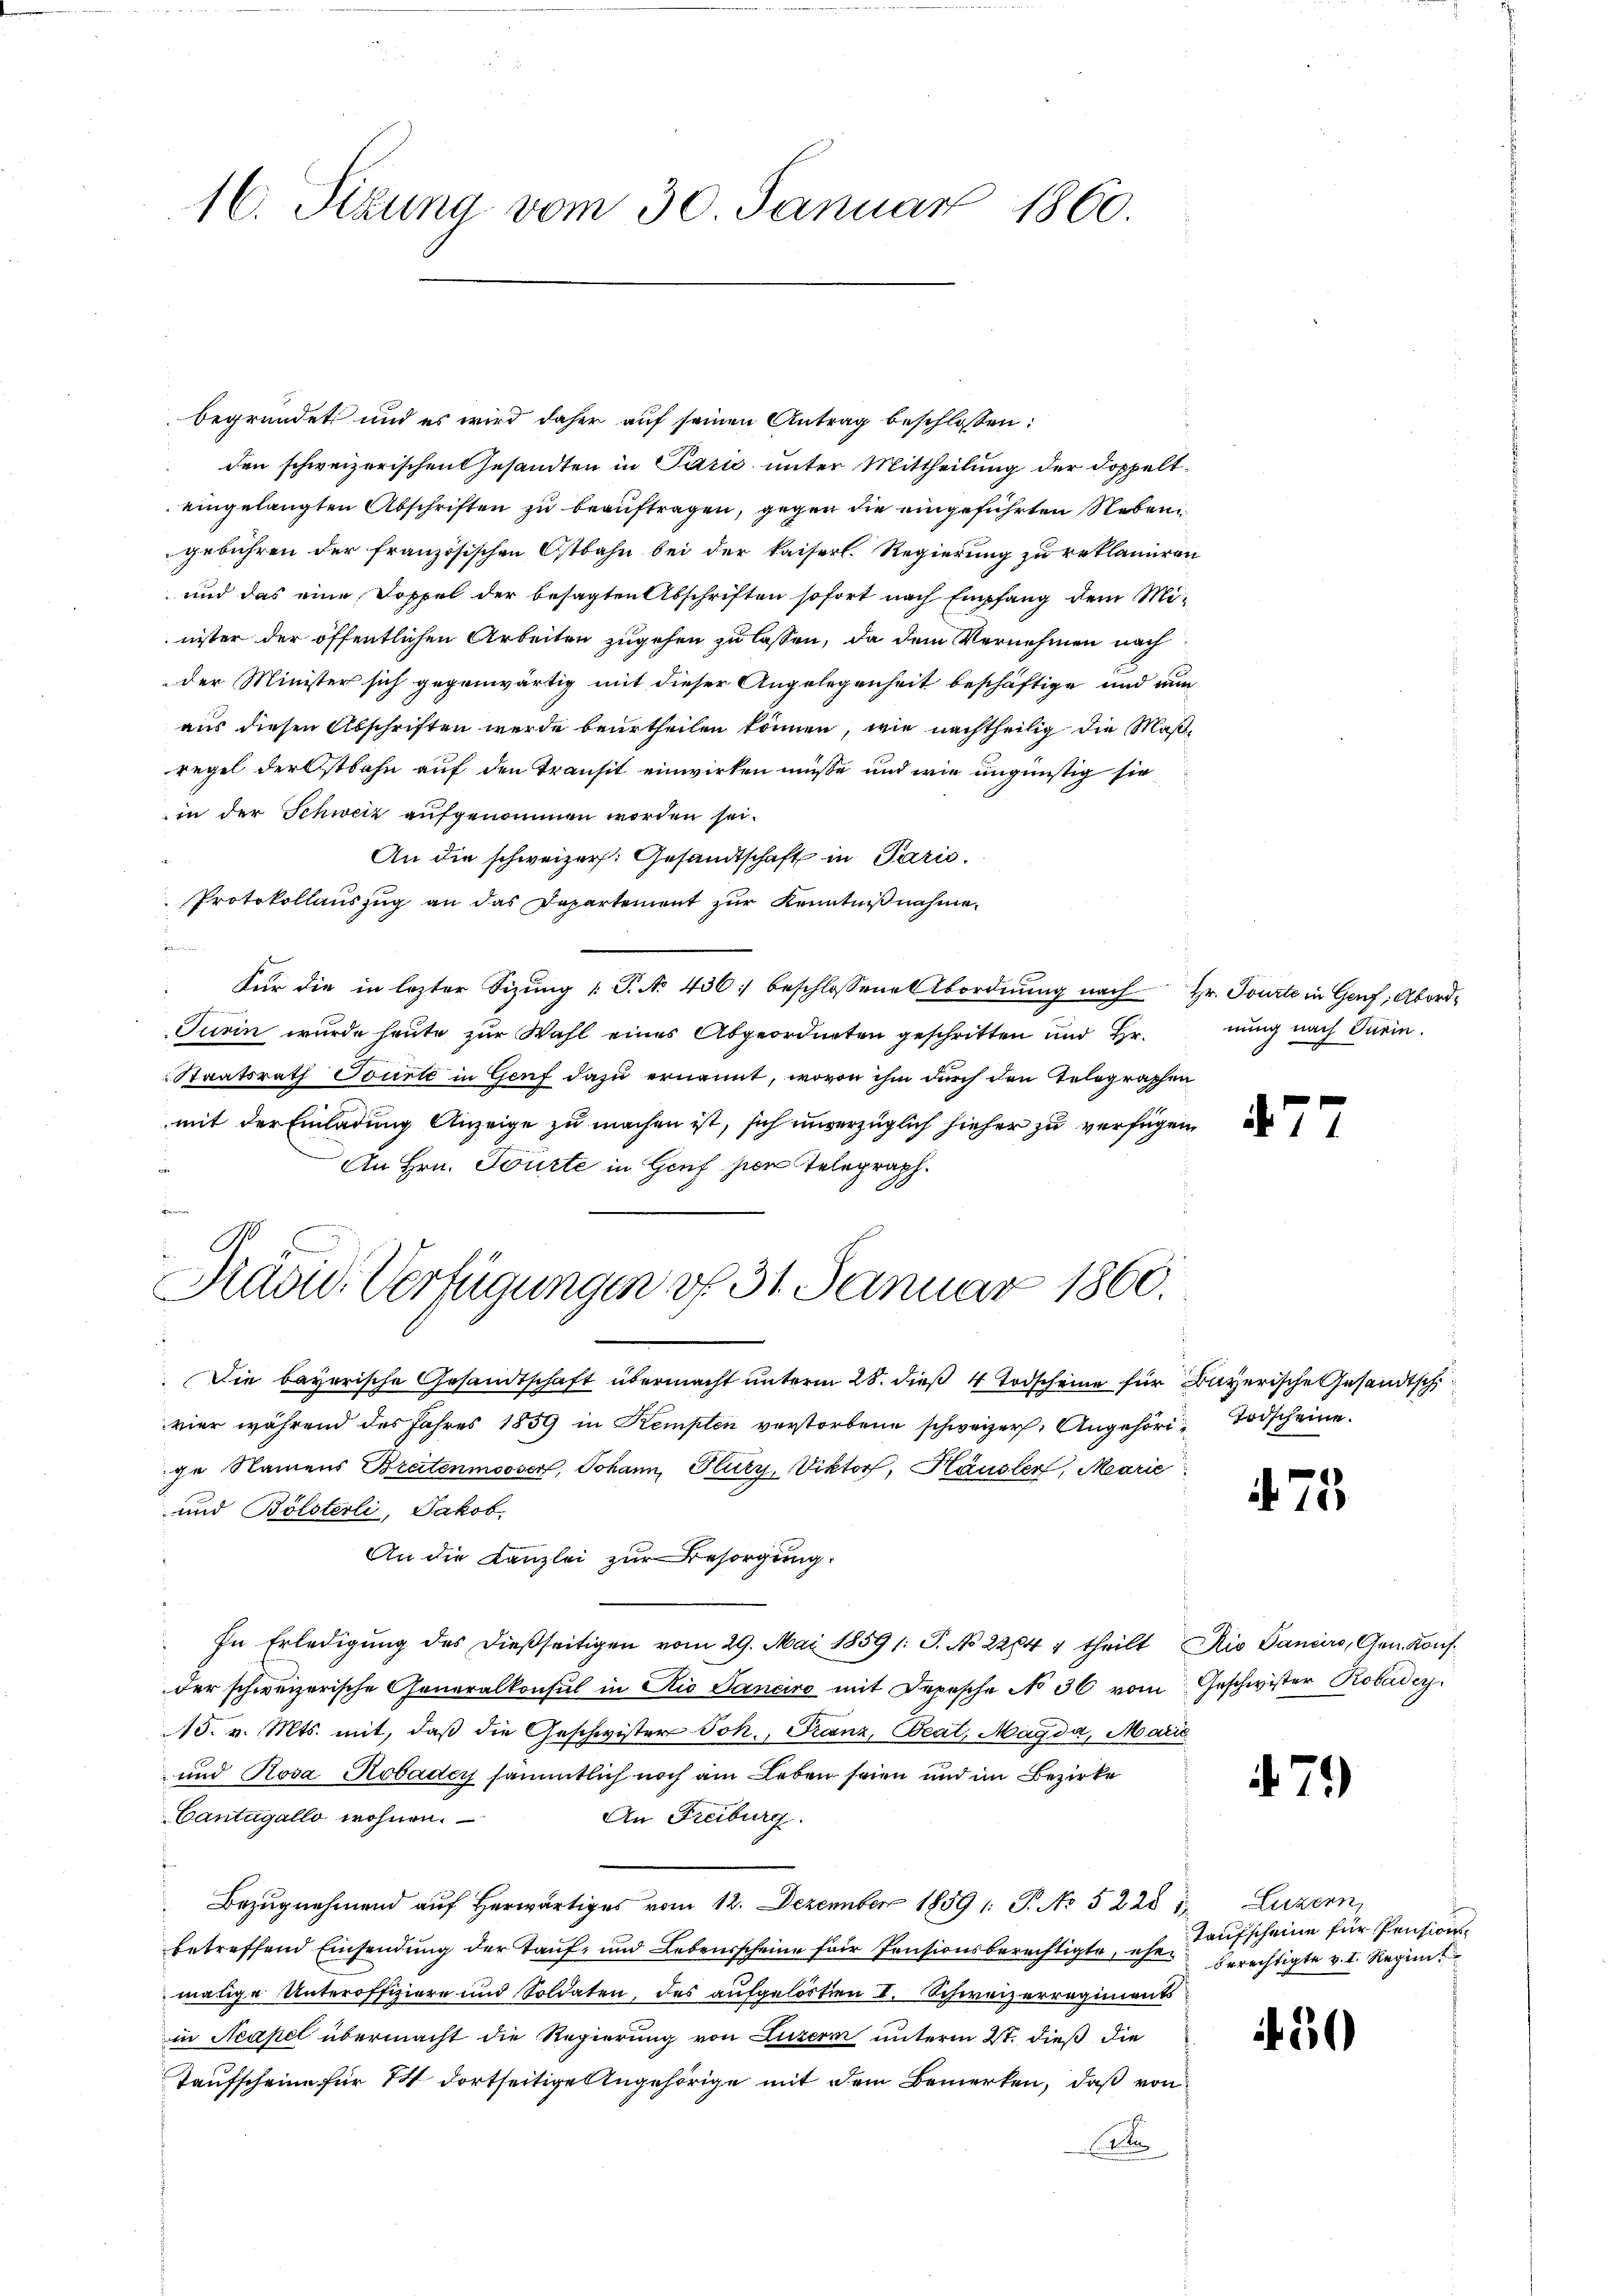
16. Sitzung vom 30. Januar 1860.

Präsid. Verfügungen v. 31. Januar 1860.

begründet und es wird daher auf seinen Antrag beschlossen:
den schweizerischen Gesandten in Pazić unter Mittheilung der doppelteingelangten Abschriften zu beauftragen, gegen die eingeführten Neben
gebühren der französischen Ostbahn bei der kaiserl. Regierung zu reklamiren
und das eine Doppel der besagten Abschriften sofort nach Empfang dem Mi-
nister der öffentlichen Arbeiten zugehen zu lassen, da dem Vernehmen nach
der Minister sich gegenwärtig mit dieser Angelegenheit beschäftige und nun
aus diesen Abschriften werde beurtheilen können, wie nachtheilig die Maßregel der Ostbahn auf den Transit einwirken müsse, und wie ungünstig sie
in der Schweiz aufgenommen worden sei.
An die schweizer. Gesandtschaft in Paris.
Protokollauszug an das Departement zur Kenntnißnahme.
für die in lezter Sizung (T. No 436: beschlossene Abordnung nach Hr. Tourte in Genf; Abord¬
Turin wurde heute zur Wahl eines Abgeordneten geschritten und Hr.
Staatsrath Tourte in Genf dazu ernannt, wovon ihm durch den Telegraphen
mit der Einladung Anzeige zu machen ist, sich unverzüglich hieher zu verfügen
An Hrn. Tourte in Houf zwei Telegraph.

Die bayerische Gesandtschaft übermacht unterm 28. dieß 4 Todscheine für Bayerische Gesandtsch
vier während des Jahres 1859 in Kempten verstorbene schweizer. Angehöri Todscheine
ge Namens Breitenmooser, Johann, Glutz, Viktorf, Häusler, Marie
und Bölsterli, Jakob.
An die Kanzlei zur Besorgung.
In Erledigung des dießseitigen vom 29. Mai 1859 /: S. No 22644 theilt io Sancirs, Gen. Konsder schweizerische Generalkonsul in Kio Sanciro mit Depesche No 36 vom Geschwister Robadey
A5. v. Mts. mit, daß die Geschwister Joh., Franz, Beat, Magda, Marie
und Rosa Rebader sämmtlich noch am Leben seien und im Bezirke
Cantagallo wohnen.
An Freiburg.
Bezugnehmend auf herwärtiges vom 12. Dezember 1859 1: P. No 5228 1 Luzern
betreffend Einsendung der Tauf- und Lebensscheine für Pensionsberechtigte, eher berechtigte v. I. Regie
mätige Unteroffiziere und Soldaten, des aufgelösten II. Schweizerregiments
in Neapel übermacht die Regierung von Luzern unterm 27. dieß die
Taufscheine für 14 dortseitige Angehörige mit dem Bemerken, daß von
2

nung nach Turin.

7

75

71)

Taufscheine für Pensions¬

50